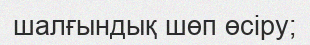
шалғындық шөп өсіру;